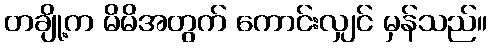
တချို့က မိမိအတွက် ကောင်းလျှင် မှန်သည်။